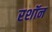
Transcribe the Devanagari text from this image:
रशॉन